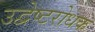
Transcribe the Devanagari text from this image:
उद्वेष्टरोधक